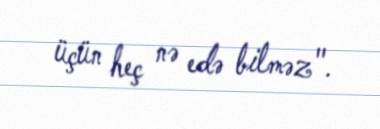
üçün heç nə edə bilməz".